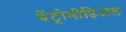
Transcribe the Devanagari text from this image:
वेंट्रोमीडिअल